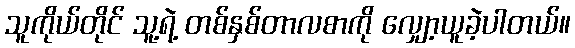
သူကိုယ်တိုင် သူ့ရဲ့ တစ်နှစ်တာလစာကို လျှော့ယူခဲ့ပါတယ်။